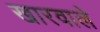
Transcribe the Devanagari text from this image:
खारवाले